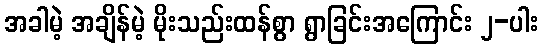
အခါမဲ့ အချိန်မဲ့ မိုးသည်းထန်စွာ ရွာခြင်းအကြောင်း ၂-ပါး